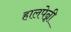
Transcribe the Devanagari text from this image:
हालपेन्नी